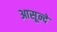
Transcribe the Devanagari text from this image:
आसून्दे